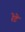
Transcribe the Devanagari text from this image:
रेटे